Medical and sanitary report of the native army of Madras for the year
Year: 1878
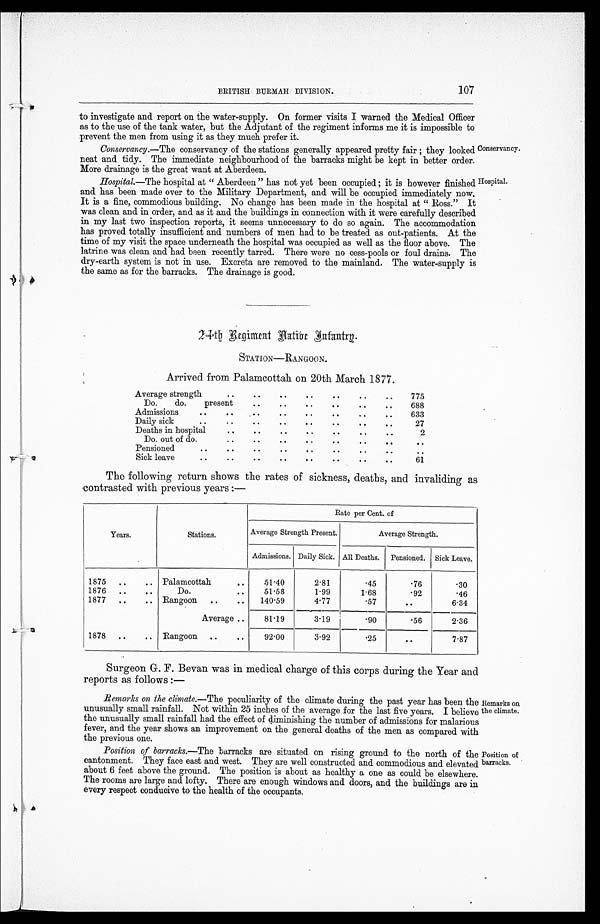
BRITISH BURMAH DIVISION.
107
to investigate and report on the water-supply. On former visits I warned the Medical Officer
as to the use of the tank water, but the Adjutant of the regiment informs me it is impossible to
prevent the men from using it as they much prefer it.
Conservancy.—The conservancy of the stations generally appeared pretty fair ; they looked
neat and tidy. The immediate neighbourhood of the barracks might be kept in better order.
More drainage is the great want at Aberdeen.
Conservancy.
Hospital.—The hospital at " Aberdeen " has not yet been occupied ; it is however finished Hospital.
and has been made over to the Military Department, and will be occupied immediately now.
It is a fine, commodious building. No change has been made in the hospital at " Ross." It
was clean and in order, and as it and the buildings in connection with it were carefully described
in my last two inspection reports, it seems unnecessary to do so again. The accommodation
has proved totally insufficient and numbers of men had to be treated as out-patients. At the
time of my visit the space underneath the hospital was occupied as well as the floor above. The
latrine was clean and had been recently tarred. There were no cess-pools or foul drains. The
dry-earth system is not in use. Excreta are removed to the mainland. The water-supply is
the same as for the barracks. The drainage is good.
24th Regiment Native Infantry.
STATION—RANGOON.
Arrived from Palamcottah on 20th March 1877.
Average strength
. .
. .
. .
. .
. .
. .
. .
775
Do.
do.
present
. .
. .
. .
. .
. .
. .
688
Admissions
..
. .
. .
. .
. .
. .
. .
. .
633
Daily sick
..
. .
. .
. .
. .
. .
. .
. .
27
Deaths in hospital
. .
. .
. .
. .
. .
. .
. .
2
Do. out of do.
. .
. .
. .
. .
. .
. .
. .
. .
Pensioned
..
. .
. .
. .
. .
. .
. .
. .
. .
Sick leave
..
. .
. .
. .
. .
. .
. .
. .
61
The following return shows the rates of sickness, deaths, and invaliding as
contrasted with previous years :—
Years.
Stations.
Rate per Cent. of
Average Strength Present.
Average Strength.
Admissions. Daily Sick. All Deaths. Pensioned. Sick Leave.
1875 ..
.. Palamcottah
..
51.40
2.81
.45
.76
.30
1876 ..
..
Do.
..
51.58
1.99
1.68
.92
.46
1877 ..
.. Rangoon
..
..
140.59
4.77
.57
. .
6.34
Average ..
81.19
3.19
.90
.56
2.36
1878 ..
.. Rangoon ..
..
92.00
3.92
.25
. . 7.87
Surgeon G. F. Bevan was in medical charge of this corps during the Year and
reports as follows :—
Remarks on the climate.— The peculiarity of the climate during the past year has been the
unusually small rainfall. Not within 25 inches of the average for the last five years. I believe
the unusually small rainfall had the effect of diminishing the number of admissions for malarious
fever, and the year shows an improvement on the general deaths of the men as compared with
the previous one.
Position of barracks.—The barracks are situated on rising ground to the north of the
cantonment. They face east and west. They are well constructed and commodious and elevated
about 6 feet above the ground. The position is about as healthy a one as could be elsewhere.
The rooms are large and lofty. There are enough windows and doors, and the buildings are in
every respect conducive to the health of the occupants.
Remarks on
the climate.
Position of
barracks.